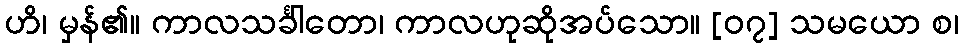
ဟိ၊ မှန်၏။ ကာလသင်္ခါတော၊ ကာလဟုဆိုအပ်သော။ [၀၇] သမယော စ၊